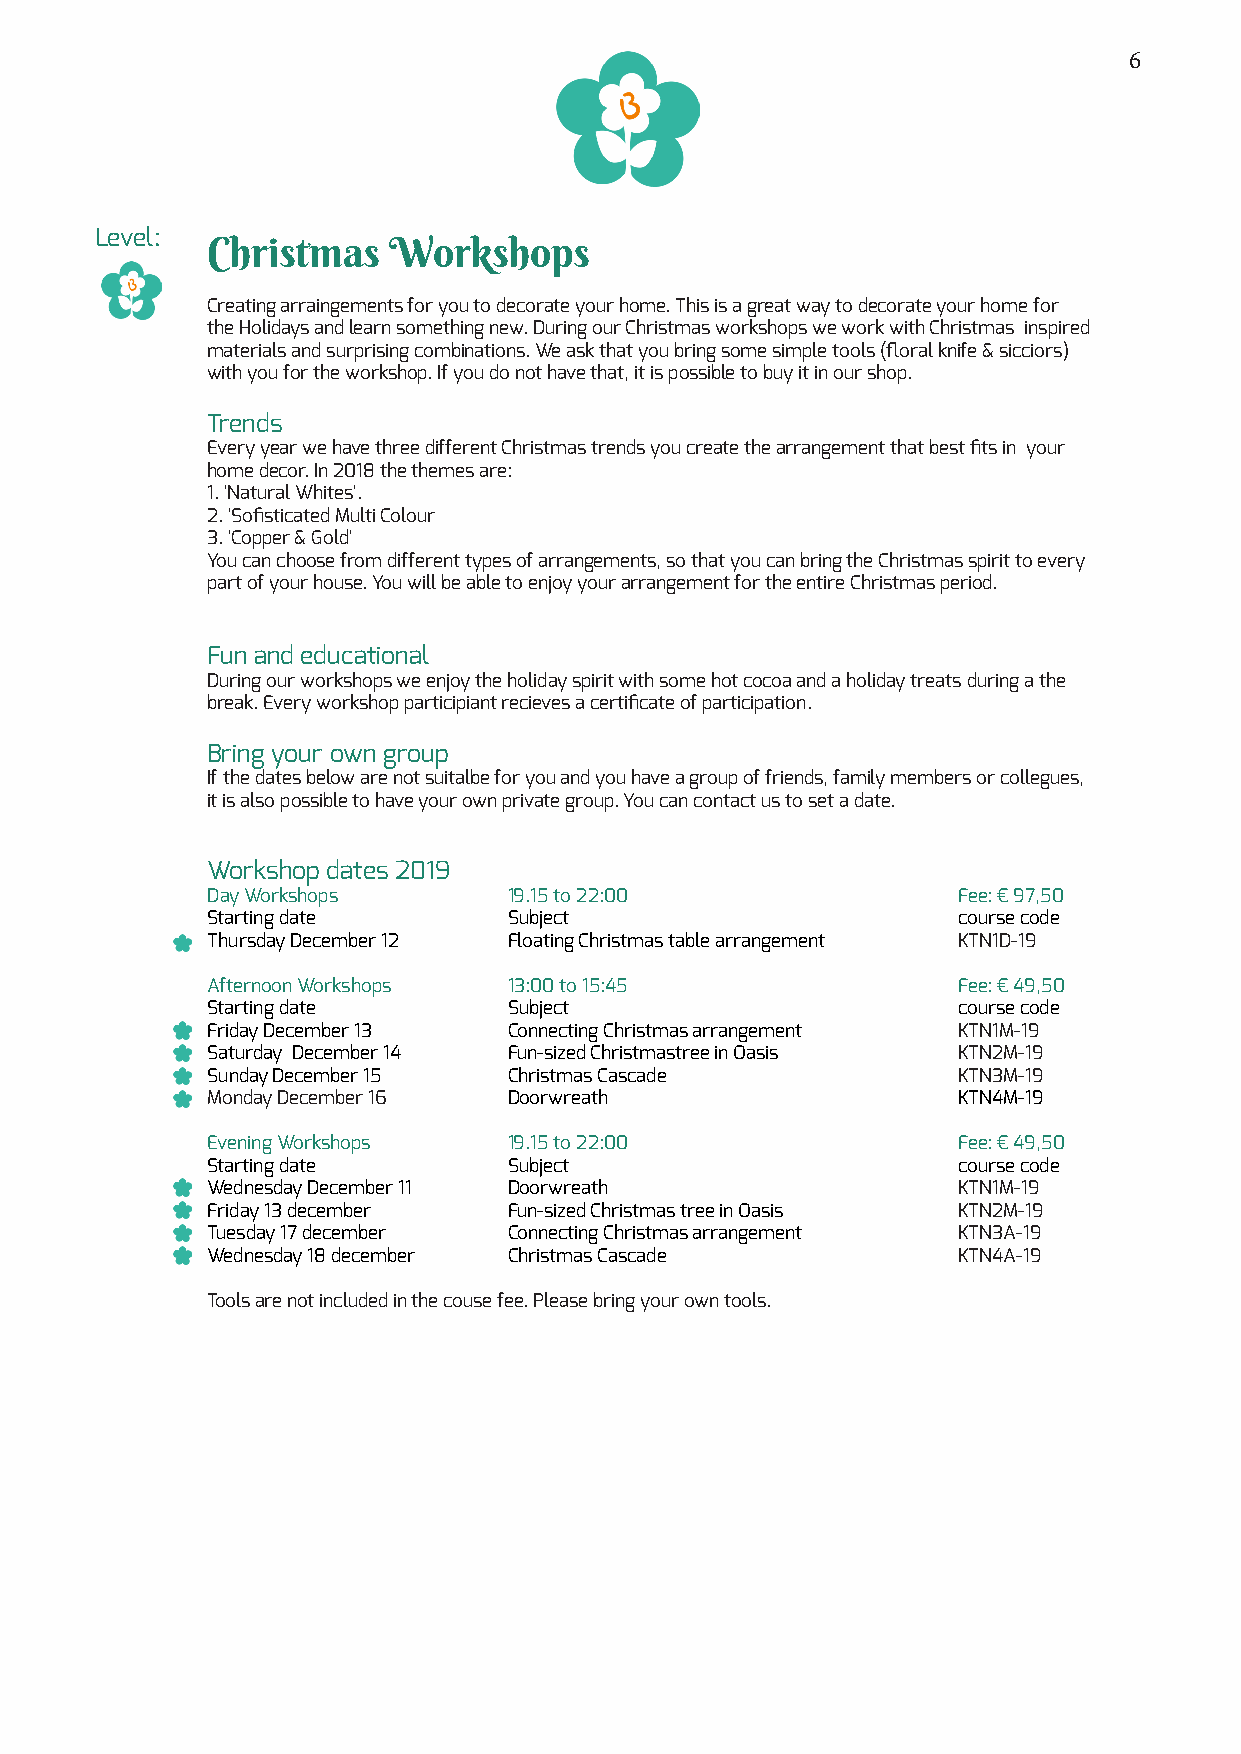
6
 Level:
 Christmas   Workshops
 Creating arraingements for you to decorate your home. This is a great way to decorate your home for
 the Holidays and learn something new. During our Christmas workshops we work with Christmas inspired
 materials and surprising combinations. We ask that you bring some simple tools (floral knife & sicciors)
 with you for the workshop. If you do not have that, it is possible to buy it in our shop.
 Trends
 Every year we have three different Christmas trends you create the arrangement that best fits in your
 home decor. In 2018 the themes are:
 1. 'Natural Whites'.
 2. 'Sofisticated Multi Colour
 3. 'Copper & Gold'
 You can choose from different types of arrangements, so that you can bring the Christmas spirit to every
 part of your house. You will be able to enjoy your arrangement for the entire Christmas period.
 Fun and educational
 During our workshops we enjoy the holiday spirit with some hot cocoa and a holiday treats during a the
 break. Every workshop participiant recieves a certificate of participation.
 Bring your own group
 If the dates below are not suitalbe for you and you have a group of friends, family members or collegues,
 it is also possible to have your own private group. You can contact us to set a date.
 Workshop dates 2019
 Day Workshops       19.15 to 22:00               Fee: € 97,50
 Starting date       Subject                      course code
 Thursday December 12 Floating Christmas table arrangement KTN1D-19
 Afternoon Workshops 13:00 to 15:45               Fee: € 49,50
 Starting date       Subject                      course code
 Friday December 13  Connecting Christmas arrangement KTN1M-19
 Saturday December 14 Fun-sized Christmastree in Oasis KTN2M-19
 Sunday December 15  Christmas Cascade            KTN3M-19
 Monday December 16  Doorwreath                   KTN4M-19
 Evening Workshops   19.15 to 22:00               Fee: € 49,50
 Starting date       Subject                      course code
 Wednesday December 11 Doorwreath                 KTN1M-19
 Friday 13 december  Fun-sized Christmas tree in Oasis KTN2M-19
 Tuesday 17 december Connecting Christmas arrangement KTN3A-19
 Wednesday 18 december Christmas Cascade          KTN4A-19
 Tools are not included in the couse fee. Please bring your own tools.